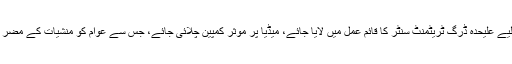
اس کے ساتھ خواتین کے لیے علیحدہ ڈرگ ٹریٹمنٹ سنٹر کا قائم عمل میں لایا جائے، میڈیا پر موثر کمپین چلائی جائے، جس سے عوام کو منشیات کے مضر اثرات سے آگاہ کیا جائے۔